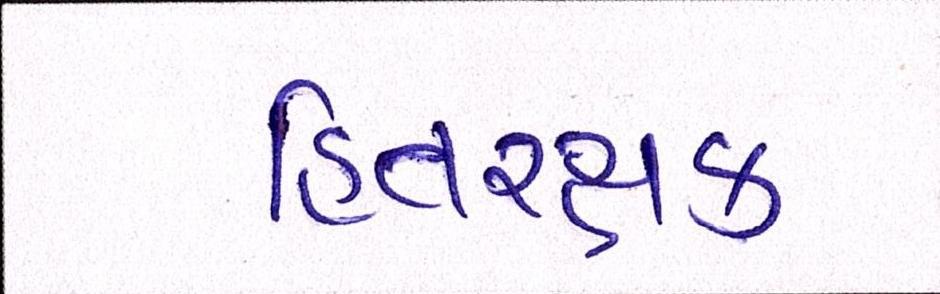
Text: હિતરક્ષક